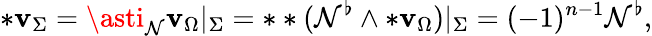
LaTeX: \ast\mathbf{v}_{\Sigma}=\asti_{\mathcal{{N}}}\mathbf{v}_{\Omega}|_{\Sigma}=\ast\ast(\mathcal{{N}}^{\flat}\wedge\ast\mathbf{v}_{\Omega})|_{\Sigma}=(-1)^{n-1}\mathcal{{N}}^{\flat},